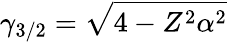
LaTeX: \gamma_{3/2}=\sqrt{4-Z^{2}\alpha^{2}}